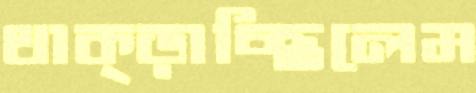
থাক্‌ড়াচ্ছিলেম